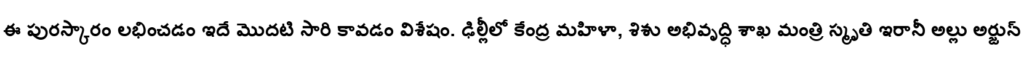
ఈ పురస్కారం లభించడం ఇదే మొదటి సారి కావడం విశేషం. ఢిల్లీలో కేంద్ర మహిళా, శిశు అభివృద్ధి శాఖ మంత్రి స్మృతి ఇరానీ అల్లు అర్జున్